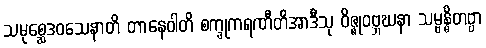
သမုစ္ဆေဒဝသေနာတိ တာနေဝါတိ စက္ခုကရဏီတိအာဒီသု ဝိဇ္ဇုဝဗ္ဘဃနာ သမ္ဗန္ဓိတဗ္ဗာ